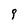
Character: g